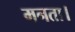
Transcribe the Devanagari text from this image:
मनता।